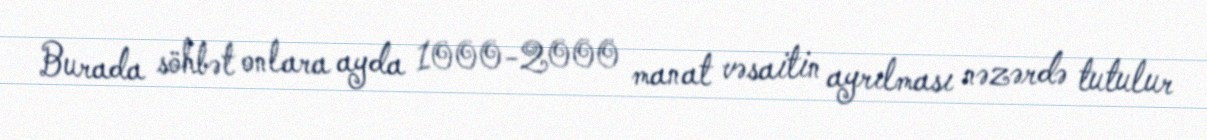
Burada söhbət onlara ayda 1000-2000 manat vəsaitin ayrılması nəzərdə tutulur